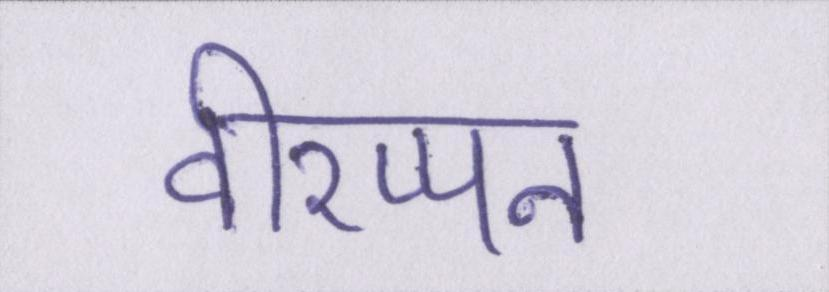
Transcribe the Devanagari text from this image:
वीरप्पन